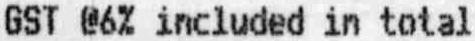
GST @6% INCLUDED IN TOTAL